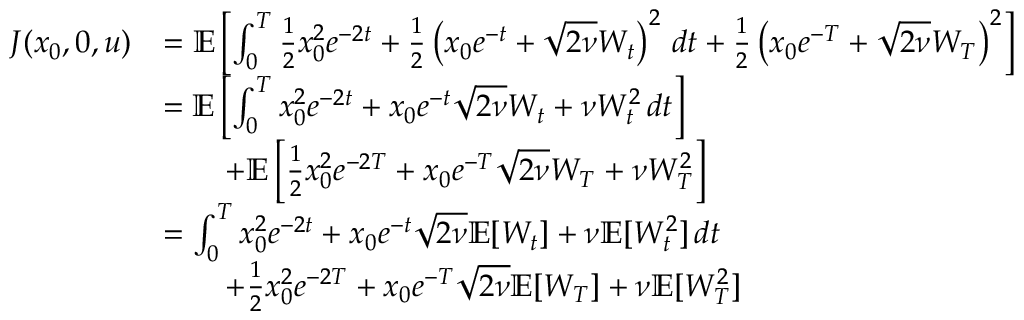
\begin{array} { r l } { J ( x _ { 0 } , 0 , u ) } & { = \mathbb { E } \left[ \int _ { 0 } ^ { T } \frac { 1 } { 2 } x _ { 0 } ^ { 2 } e ^ { - 2 t } + \frac { 1 } { 2 } \left( x _ { 0 } e ^ { - t } + \sqrt { 2 \nu } W _ { t } \right) ^ { 2 } \, d t + \frac { 1 } { 2 } \left( x _ { 0 } e ^ { - T } + \sqrt { 2 \nu } W _ { T } \right) ^ { 2 } \right] } \\ & { = \mathbb { E } \left[ \int _ { 0 } ^ { T } x _ { 0 } ^ { 2 } e ^ { - 2 t } + x _ { 0 } e ^ { - t } \sqrt { 2 \nu } W _ { t } + \nu W _ { t } ^ { 2 } \, d t \right] } \\ & { \qquad + \mathbb { E } \left[ \frac { 1 } { 2 } x _ { 0 } ^ { 2 } e ^ { - 2 T } + x _ { 0 } e ^ { - T } \sqrt { 2 \nu } W _ { T } + \nu W _ { T } ^ { 2 } \right] } \\ & { = \int _ { 0 } ^ { T } x _ { 0 } ^ { 2 } e ^ { - 2 t } + x _ { 0 } e ^ { - t } \sqrt { 2 \nu } \mathbb { E } [ W _ { t } ] + \nu \mathbb { E } [ W _ { t } ^ { 2 } ] \, d t } \\ & { \qquad + \frac { 1 } { 2 } x _ { 0 } ^ { 2 } e ^ { - 2 T } + x _ { 0 } e ^ { - T } \sqrt { 2 \nu } \mathbb { E } [ W _ { T } ] + \nu \mathbb { E } [ W _ { T } ^ { 2 } ] } \end{array}